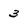
Character: 3